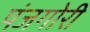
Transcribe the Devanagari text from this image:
पंजगोरी